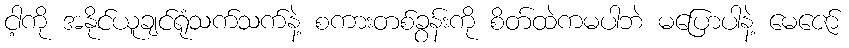
ငါ့ကို အနိုင်ယူချင်ရုံသက်သက်နဲ့ စကားတစ်ခွန်းကို စိတ်ထဲကမပါဘဲ မပြောပါနဲ့ မေဇော်